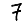
Digit: 7